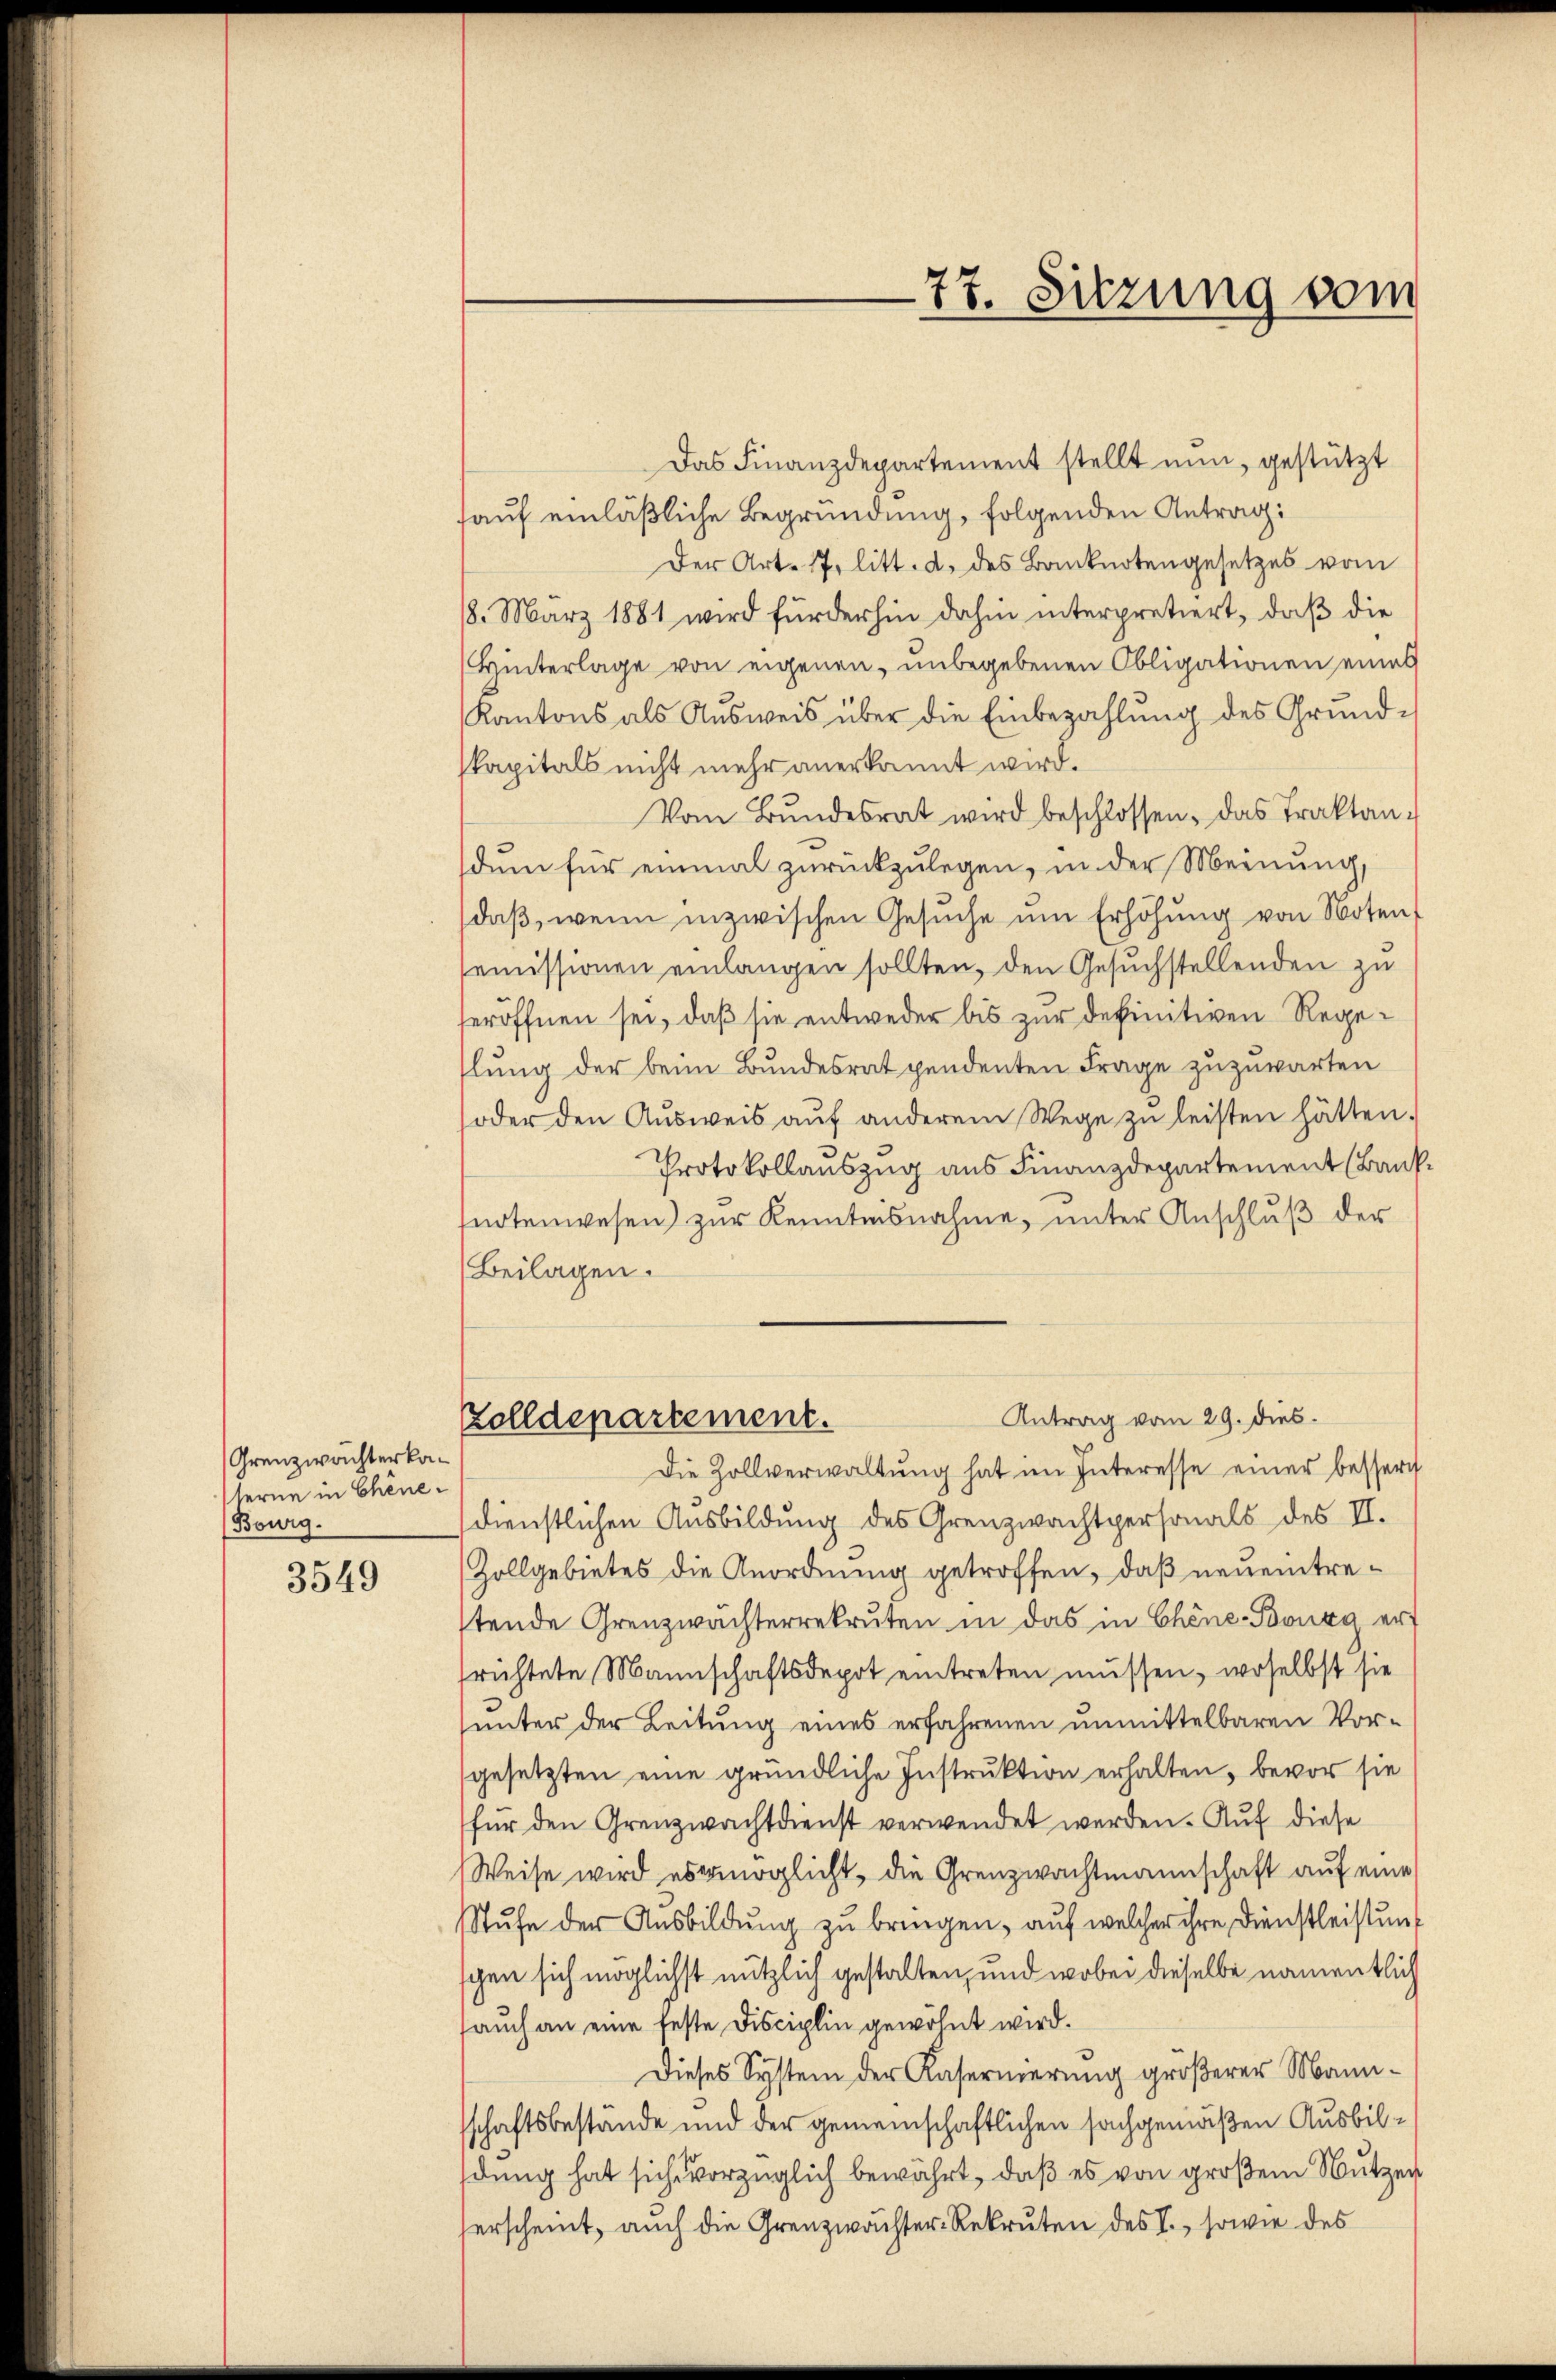
Grenzwachterkaserne in Chene¬
Bourg.

3549

Das Finanzdepartement stellt nun, gestützt
hauf einläßliche Begründung, folgenden Antrag:
Der Art. 17. litt. d. des Banknotengesetzes vom
18. März 1881 wird fürderhin dahin interpretiert, daß die
Hinterlage von eigenen, unbegebenen Obligationen eines
Kantons als Aŭsweis über die Einbezahlung des Grundskapitals nicht mehr anerkannt wird.
Vom Bŭndesrat wird beschlossen, das Traktandum für einmal zurückzulegen, in der Meinung,
daβ, wenn inzwischen Gesŭche ŭm Erhöhŭng von Noten,
semissionen einlangen sollten, den Gesuchstellenden zu
eröffnen sei, daß sie entweder bis zur definitiven Regehlung der beim Bundesrat pendenten Frage zuzuwarten
oder den Aŭsweis aŭf anderem Wege zŭ leisten hätten.
Protokollauszug aus Finanzdepartement (Bank
snotenwesen) zur Kenntnisnahme, unter Anschluß der
(Beilagen.
Antrag vom 29. dies.
Zolldepartement.
Die Zollverwaltŭng hat im Interesse einer bessert
dienstlichen Ausbildung des Grenzwachtpersonals des II.
Zollgebietes die Anordnung getroffen, daß neueintretende Grenzwachterrekruten in das in Chine-Bourg erfrichtete Mannschaftsdepot eintreten müssen, woselbst sie
unter der Leitung eines erfahrenen unmittelbaren Vorgesetzten eine gründliche Instruktion erhalten, bevor sie
für den Grenzwachtdienst verwendet werden. Auf diese
Weise wird es möglicht, die Grenzwachtmannschaft auf eine
Stufe der Ausbildung zu bringen, auf welcher ihre Dienstleistung
schen sich möglichst nützlich gestalten, und wobei dieselbe namentlich
aŭch an eine feste Disciplin gewöhnt wird.
Dieses System der Kasernerung größerer Mannschaftsbestände und der gemeinschaftlichen sachgemäßen Ausbildung hat sich vorzüglich bewährt, daß es von großem Nutzer
erscheint, auch die Grenzwächter-Rekruten des I., sowie des

77. Sitzung vom